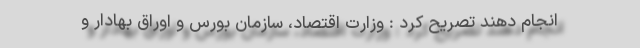
انجام دهند تصریح کرد : وزارت اقتصاد، سازمان بورس و اوراق بهادار و